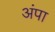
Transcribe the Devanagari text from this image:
अंपा